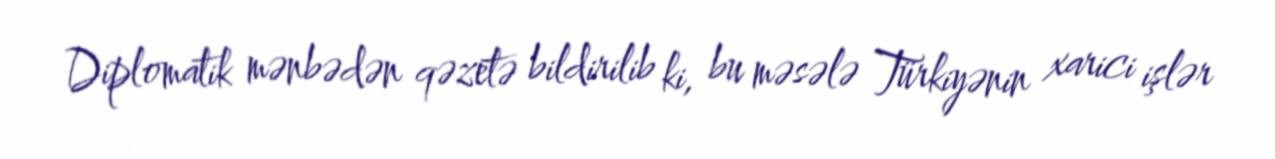
Diplomatik mənbədən qəzetə bildirilib ki, bu məsələ Türkiyənin xarici işlər